Indian journal of veterinary science and animal husbandry - Volume 4,
Year: 1934
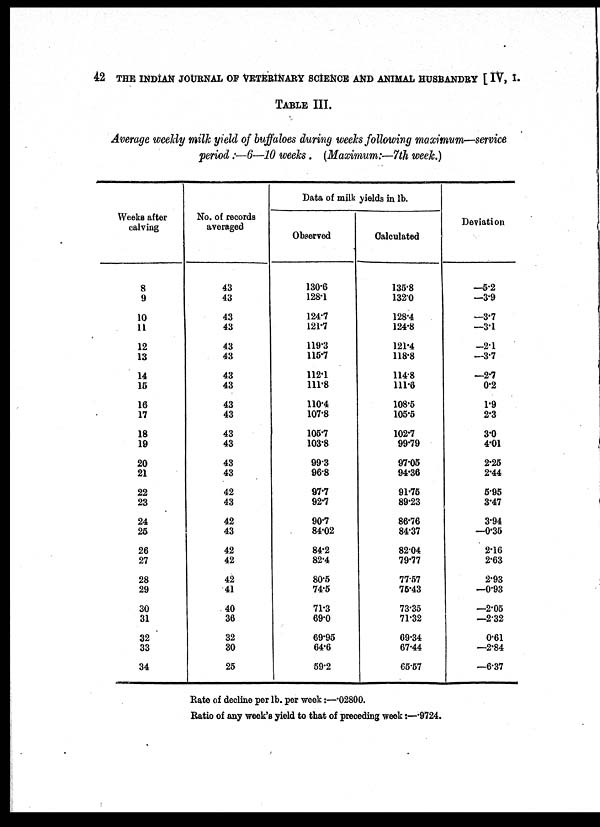
42 THE INDIAN JOURNAL OF VETERINARY SCIENCE AND ANIMAL HUSBANDRY [ IV, I.
TABLE III.
Average weekly milk yield of buffaloes during weeks following maximum—service
period:—6—10 weeks. (Maximum:—7th week.)
Weeks after
calving
8
9
10
11
12
13
14
15
16
17
18
19
20
21
22
23
24
25
26
27
28
29
30
31
32
33
34
No. of records
averaged
43
43
43
43
43
43
43
43
43
43
43
43
43
43
42
43
42
43
42
42
42
41
40
36
32
30
25
Data of milk yields in lb.
Observed
130.6
128.1
124.7
121.7
119.3
115.7
112.1
111.8
110.4
107.8
105.7
103.8
99.3
96.8
97.7
92.7
90.7
84.02
84.2
82.4
80.5
74.5
71.3
69.0
69.95
64.6
59.2
Calculated
135.8
132.0
128.4
124.8
121.4
118.8
114.8
111.6
108.5
105.5
102.7
99.79
97.05
94.36
91.75
89.23
86.76
84.37
82.04
79.77
77.57
75.43
73.35
71.32
69.34
67.44
65.57
Deviation
—5.2
—3.9
—3.7
—3.1
—2.1
—3.7
—2.7
0.2
1.9
2.3
3.0
4.01
2.25
2.44
5.95
3.47
3.94
—0.35
2.16
2.63
2.93
—0.93
—2.05
—2.32
0.61
—2.84
—6.37
Rate of decline per lb. per week:—.02800.
Ratio of any week's yield to that of preceding week:—.9724.